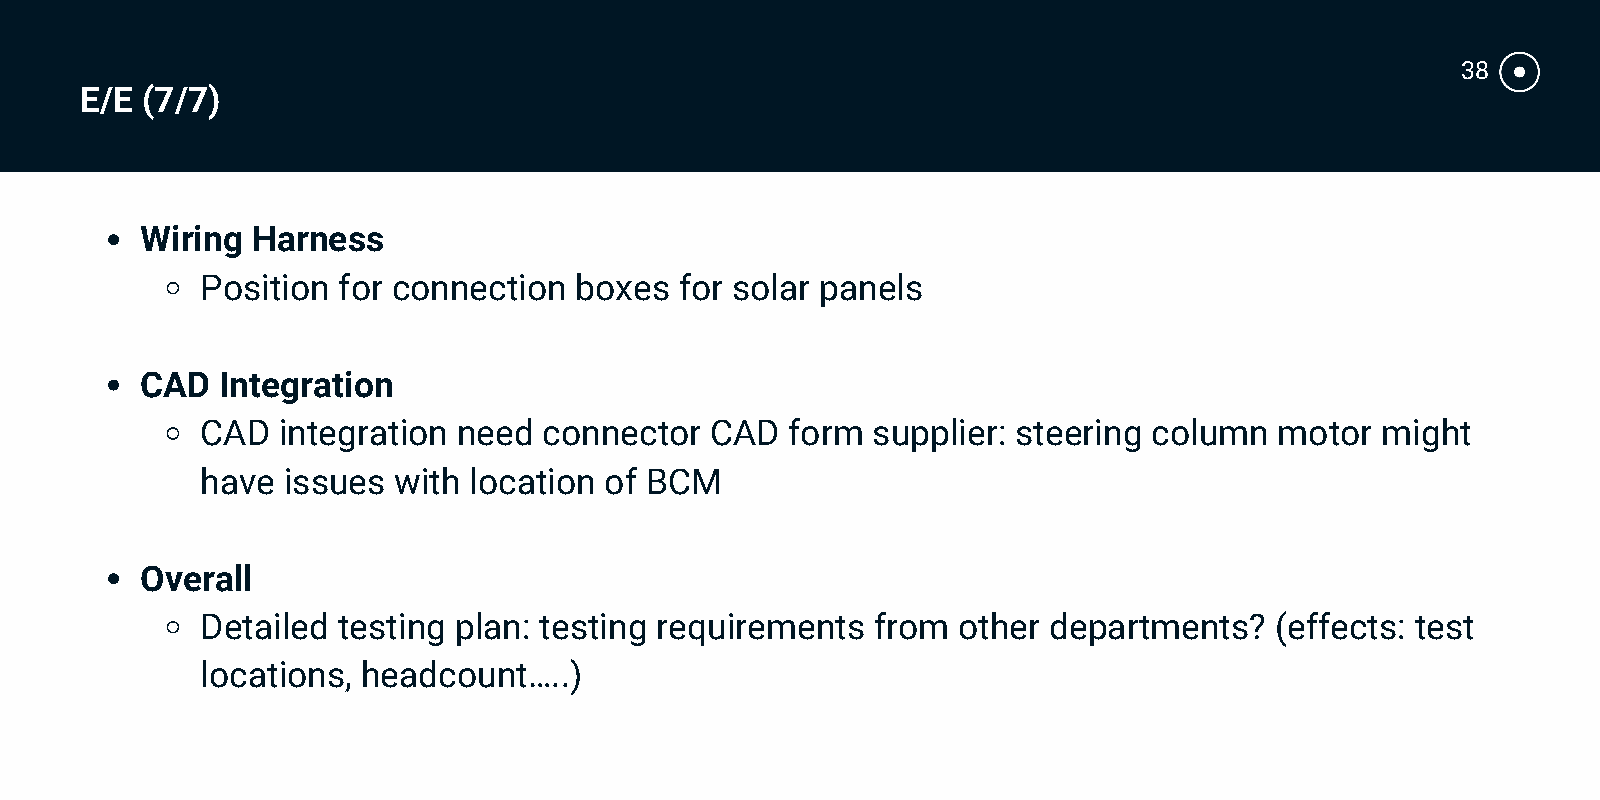
38
 E/E (7/7)
 Wiring  Harness
 Position for connection  boxes  for solar panels
 CAD  Integration
 CAD  integration need  connector  CAD  form  supplier: steering column  motor might
 have  issues with location of BCM
 Overall
 Detailed testing plan: testing requirements  from other departments?   (effects: test
 locations, headcount…..)